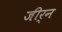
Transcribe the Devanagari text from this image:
जीर्न